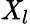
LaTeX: \mathit{X}_{l}